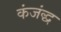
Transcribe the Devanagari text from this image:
कंजंद्ध